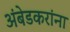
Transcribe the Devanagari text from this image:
अंबेडकरांना